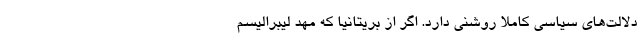
دلالت‌های سیاسی کاملا روشنی دارد. اگر از بریتانیا که مهد لیبرالیسم